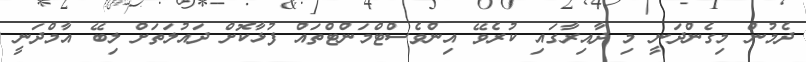
ދެމުން މިގެންދަނީ މި ދާއިރާގައި ކުރެވޭ އިންވެސްޓްމަންޓްތައް ފުޅާކޮށް ދައުލަތަށް ލިބޭ އާމްދަނީ